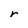
Character: r